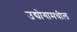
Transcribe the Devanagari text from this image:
उद्योगामधील